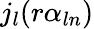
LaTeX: j_{l}(r\alpha_{ln})